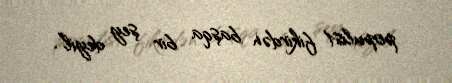
populist fikirdən başqa bir şey deyil”.